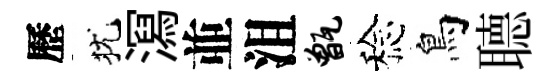
歷犹㵼並沮甑稔鳥𦗟